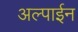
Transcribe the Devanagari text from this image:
अल्पाईन